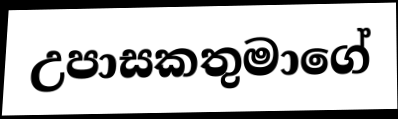
උපාසකතුමාගේ